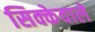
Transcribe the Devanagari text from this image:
सिक्केवाले